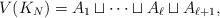
LaTeX: \begin{align*}V(K_N)=A_1 \sqcup \dotsb \sqcup A_\ell \sqcup A_{\ell+1},\end{align*}